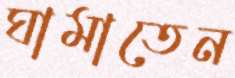
ঘামাতেন